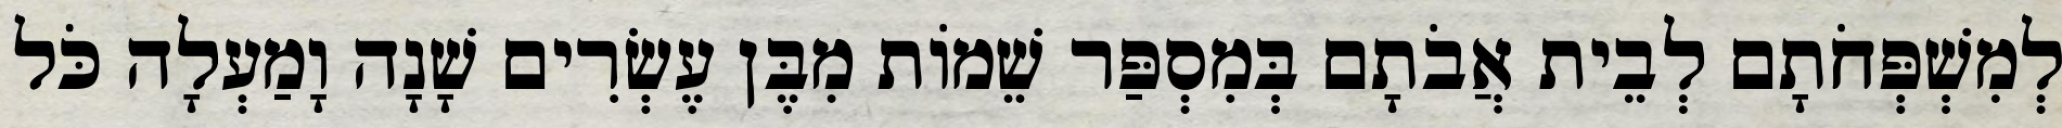
לְמִשְׁפְּחֹתָם לְבֵית אֲבֹתָם בְּמִסְפַּר שֵׁמוֹת מִבֶּן עֶשְׂרִים שָׁנָה וָמַעְלָה כֹּל